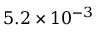
5 . 2 \times 1 0 ^ { - 3 }